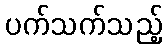
ပက်သက်သည့်